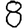
Digit: 8